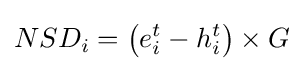
NSD_{i}=\left(e_{i}^{t}-h_{i}^{t}\right)\times G